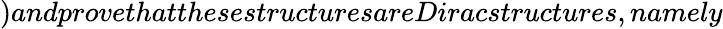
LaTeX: )andprovethatthesestructuresareDiracstructures,namely